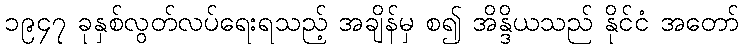
၁၉၄၇ ခုနှစ်လွတ်လပ်ရေးရသည့် အချိန်မှ စ၍ အိန္ဒိယသည် နိုင်ငံ အတော်